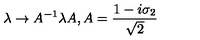
\lambda \rightarrow A ^ { - 1 } \lambda A , A = \frac { 1 - i \sigma _ { 2 } } { \sqrt { 2 } }